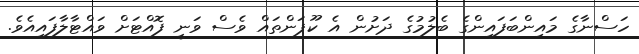
ހަސްނާގެ މައިންބަފައިންގެ ބެލުމުގެ ދަށުން އެ ކޫޕަންތައް ވެސް ވަނީ ފޮއްޓަށް ވައްޓާލާފައިއެވެ.